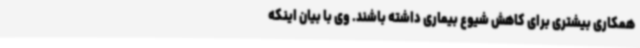
همکاری بیشتری برای کاهش شیوع بیماری داشته باشند. وی با بیان اینکه